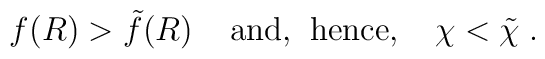
f(R) > \tilde{f}(R) \; \; \; \; {\rm and,} \; \; {\rm hence,} \; \; \; \;  \chi < \tilde{\chi} \; .